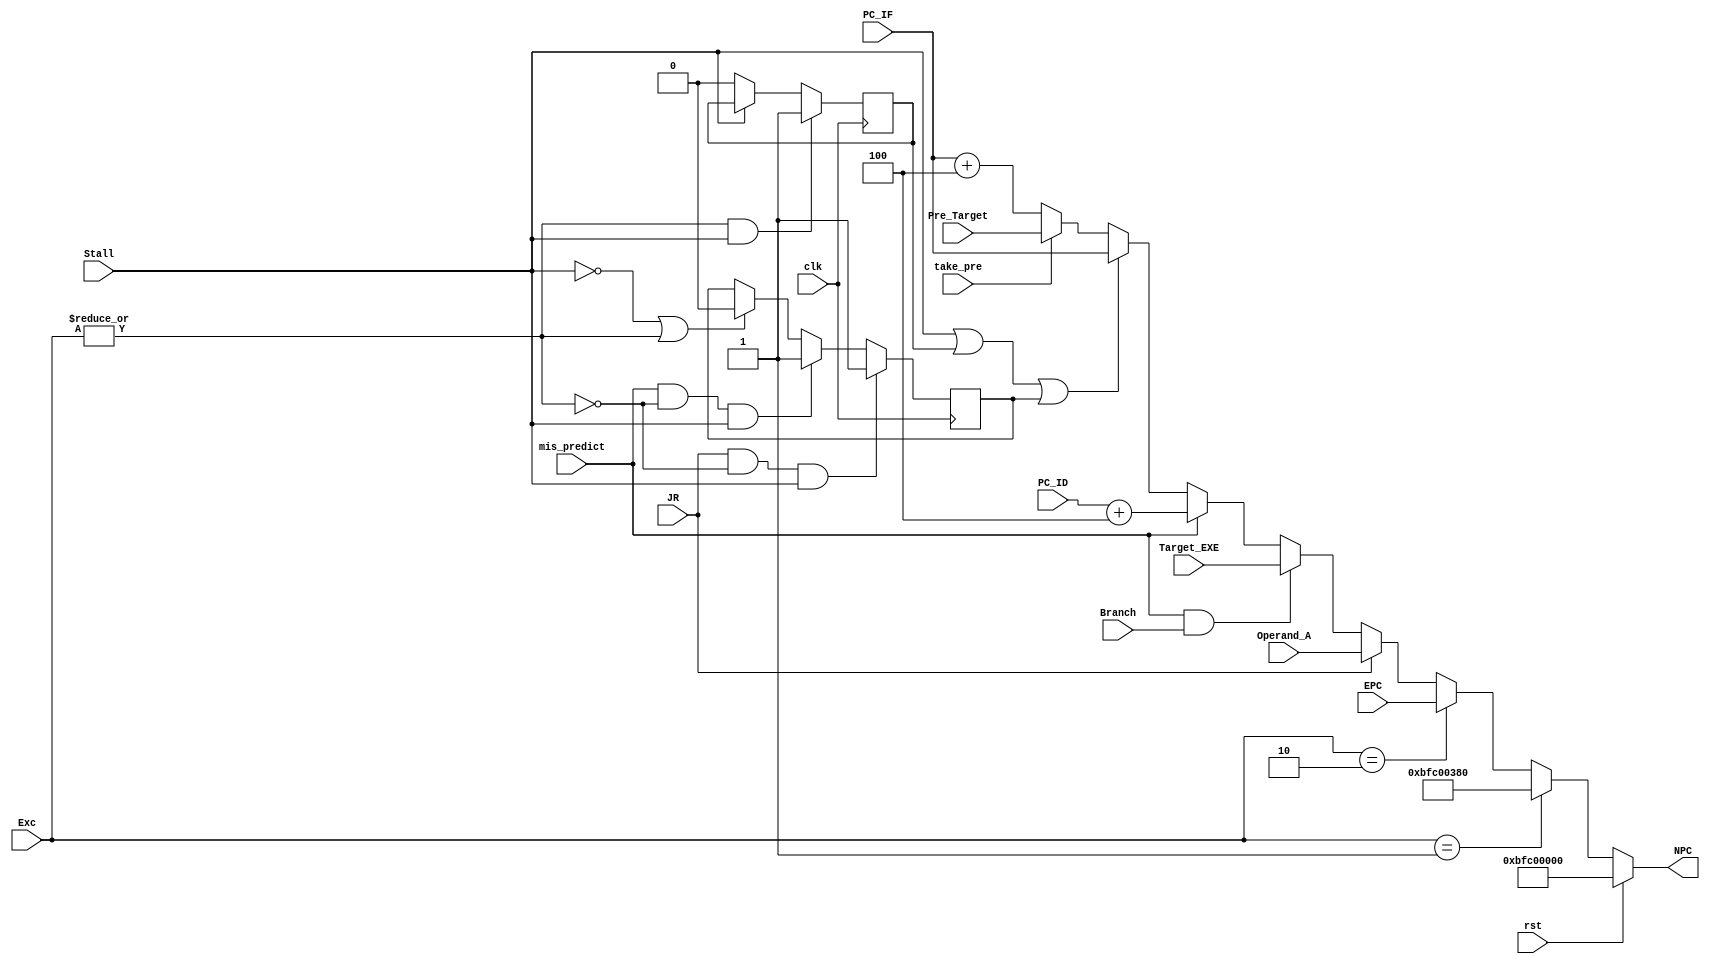
module NEXTPC(clk, rst, Stall, 
    Exc, EPC ,
    JR, Operand_A,
    take_pre, Pre_Target,
    mis_predict, Branch, PC_ID, Target_EXE,
    PC_IF,
    NPC );

    input clk,rst;
    input [31:0] PC_ID,PC_IF,EPC;
    input [31:0] Operand_A;
    input [31:0] Pre_Target,Target_EXE;
    input Stall;
    input take_pre;
    input mis_predict;
    input JR;//j jr jal jalr
	input Branch;
	input [1:0] Exc;
//    input Status_bev;
//    input [31:12] Exc_base;
    output reg [31:0] NPC;
    reg saved_exc,saved_Flush;

   // reg saved_exc;

    always @(rst,rst, Stall, 
    Exc, EPC , 
    JR, Operand_A,
    mis_predict, Branch, PC_ID, Target_EXE,
    take_pre, Pre_Target,
    saved_exc, saved_Flush, PC_IF)
    begin
        if(rst)
            NPC = 32'hbfc0_0000;
        else if(Exc == 2'b01)
            NPC = 32'hbfc0_0380;
//			NPC = Status_bev ? 32'hbfc00380 : {Exc_base,12'h180};
        else if(Exc == 2'b10)
            NPC = EPC;
        else if(JR)
            NPC = Operand_A;
        else if(mis_predict & Branch)
            NPC = Target_EXE;
        else if(mis_predict)
            NPC = PC_ID+4;
        else if(Stall | saved_exc | saved_Flush)
            NPC = PC_IF;  
        else if(take_pre)
            NPC = Pre_Target;
        else
            NPC = PC_IF + 4;
    end
    
    always @(posedge clk)
    begin
        if((|Exc)&&Stall)
            saved_exc <= 1'b1;
        
        else if(!Stall)
            saved_exc <= 1'b0;
    end
    
    always @(posedge clk)
    begin
        if(JR & ~(|Exc) & Stall)
            saved_Flush <= 1'b1;
        else if(mis_predict & ~(|Exc) & Stall)
            saved_Flush <= 1'b1;
        else if(!Stall | (|Exc))
            saved_Flush <= 1'b0;
    end
endmodule